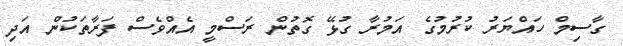
ގާސިމް ހައްޔަރު ކުރުމުގެ އަމުރާ ގުޅޭ ގޮތުން ރަސްމީ އެއްވެސް ފަރާތަކުން އަދި